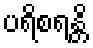
ပရိစရန္တိ